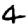
Digit: 4